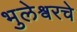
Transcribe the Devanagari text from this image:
भुलेश्वरचे